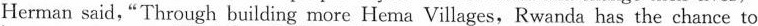
Herman said, "Through building more He ma Villages,Rwanda has the chance to